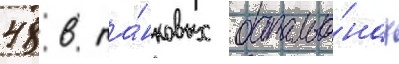
48 в та́нковых батальо́нах